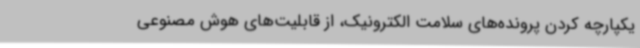
یکپارچه کردن پرونده‌های سلامت الکترونیک، از قابلیت‌های هوش مصنوعی